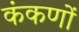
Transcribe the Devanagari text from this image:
कंकणों